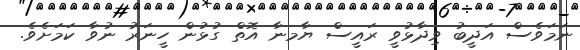
ނަމަވެސް އަދީބު ވިދާޅުވީ ރައީސް ޔާމނާ އޮތް ގުޅުން ހީނަރު ނުވާ ކަމަށެވެ.